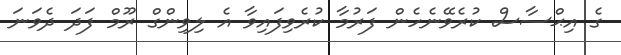
ގެ އިޙްސާސް ކުރެވޭނެހެން ފަރުމާ ކުރެވިފައިވާ އެ ލިވިންގް ރޫމް ފަދަ ދެވަނަ